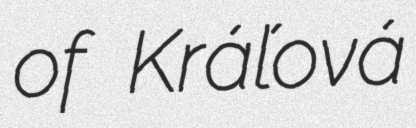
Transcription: of Kráľová